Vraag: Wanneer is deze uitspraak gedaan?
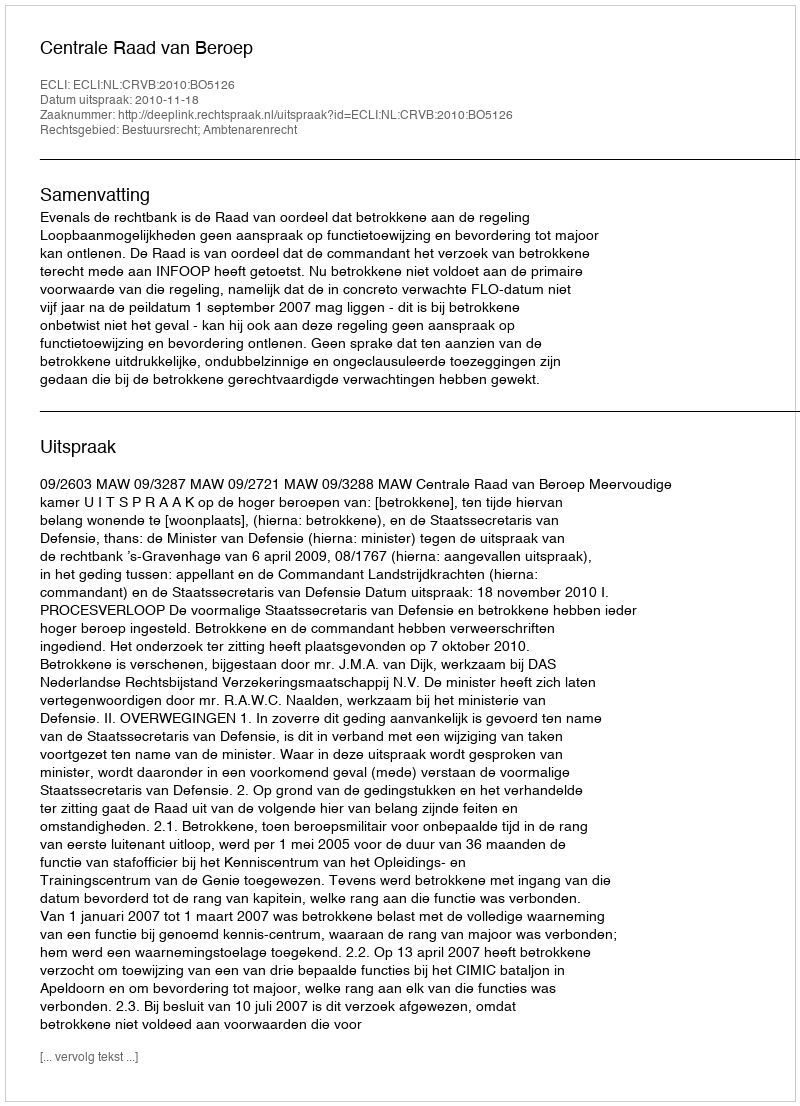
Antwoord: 2010-11-18